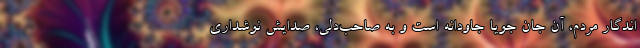
اندگار مردم، آن جانِ جویا جاودانه است و به صاحب‌دلی، صدایش نوشداری